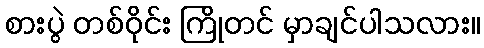
စားပွဲ တစ်ဝိုင်း ကြိုတင် မှာချင်ပါသလား။